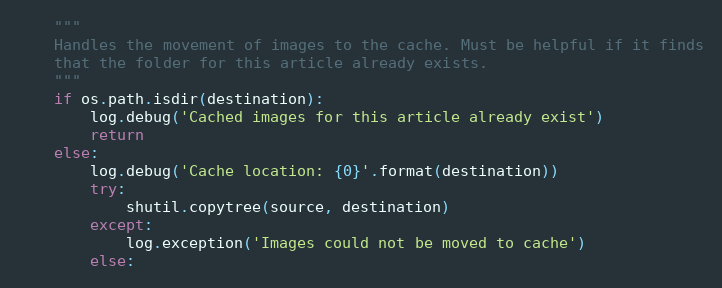
Language: Python
    """
    Handles the movement of images to the cache. Must be helpful if it finds
    that the folder for this article already exists.
    """
    if os.path.isdir(destination):
        log.debug('Cached images for this article already exist')
        return
    else:
        log.debug('Cache location: {0}'.format(destination))
        try:
            shutil.copytree(source, destination)
        except:
            log.exception('Images could not be moved to cache')
        else: